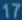
17